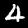
Digit: 4